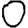
Digit: 0